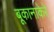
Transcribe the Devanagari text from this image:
बूकानाकेरे